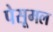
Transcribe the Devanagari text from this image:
पेसूमल